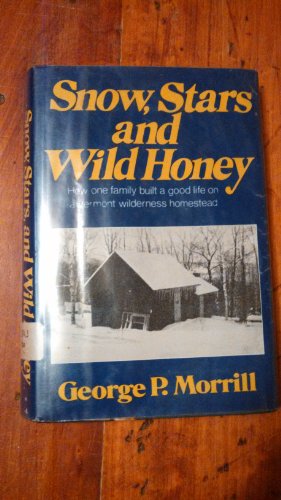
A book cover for Snow, stars, and wild honey; George P Morrill; Travel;